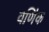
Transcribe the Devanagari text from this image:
वणिंक